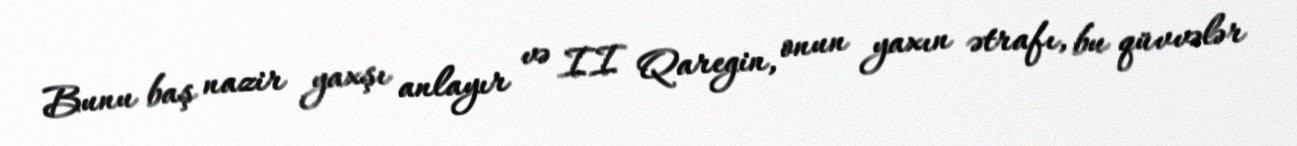
Bunu baş nazir yaxşı anlayır və II Qaregin, onun yaxın ətrafı, bu qüvvələr